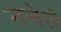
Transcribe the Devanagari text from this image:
ननेत्ते